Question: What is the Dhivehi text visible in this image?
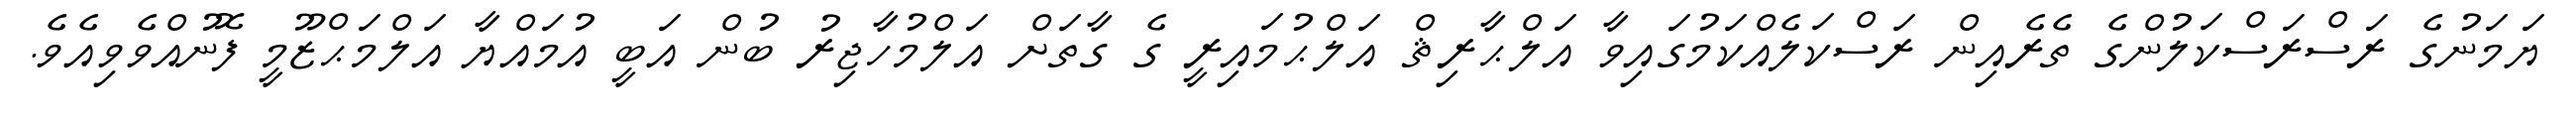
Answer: ޔަމަނުގެ ރަސްރަސްކަލުންގެ ތެރެއިން ރަސްކަލެއްކަމުގައިވާ އަލްޙާރިޘް އަލްޙުމައިރީ ގެ ގާތަށް އަލްމުހާޖިރު ބުން އަބީ އުމައްޔާ އަލްމަޙްޒޫމީ ފޮނުއްވެވިއެވެ.